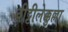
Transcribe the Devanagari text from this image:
वीट्टीलेक्कुल्ला